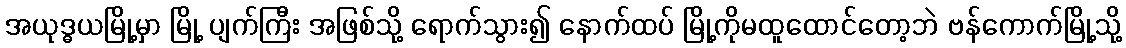
အယုဒ္ဓယမြို့မှာ မြို့ ပျက်ကြီး အဖြစ်သို့ ရောက်သွား၍ နောက်ထပ် မြို့ကိုမထူထောင်တော့ဘဲ ဗန်ကောက်မြို့သို့